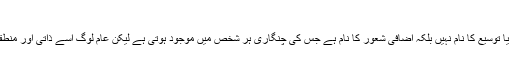
ڈاکٹر بک لکھتا ہے:
”آفاقی شعور مادی شعور کی تشدید یا توسیع کا نام نہیں بلکہ اضافی شعور کا نام ہے جس کی چنگاری ہر شخص میں موجود ہوتی ہے لیکن عام لوگ اِسے ذاتی اور منطقی شعور کی تہہ میں دبا دیتے ہیں۔